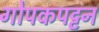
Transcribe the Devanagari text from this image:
गोपकपट्टन